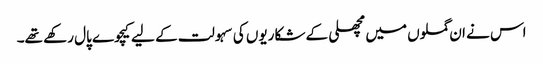
اس نے ان گملوں میں مچھلی کے شکاریوں کی سہولت کے لیے کیچوے پال رکھے تھے۔